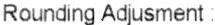
ROUNDING ADJUSMENT :